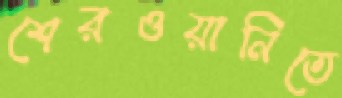
শেরওয়ানিতে